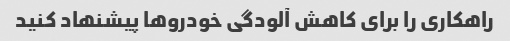
راهکاری را برای کاهش آلودگی خودروها پیشنهاد کنید